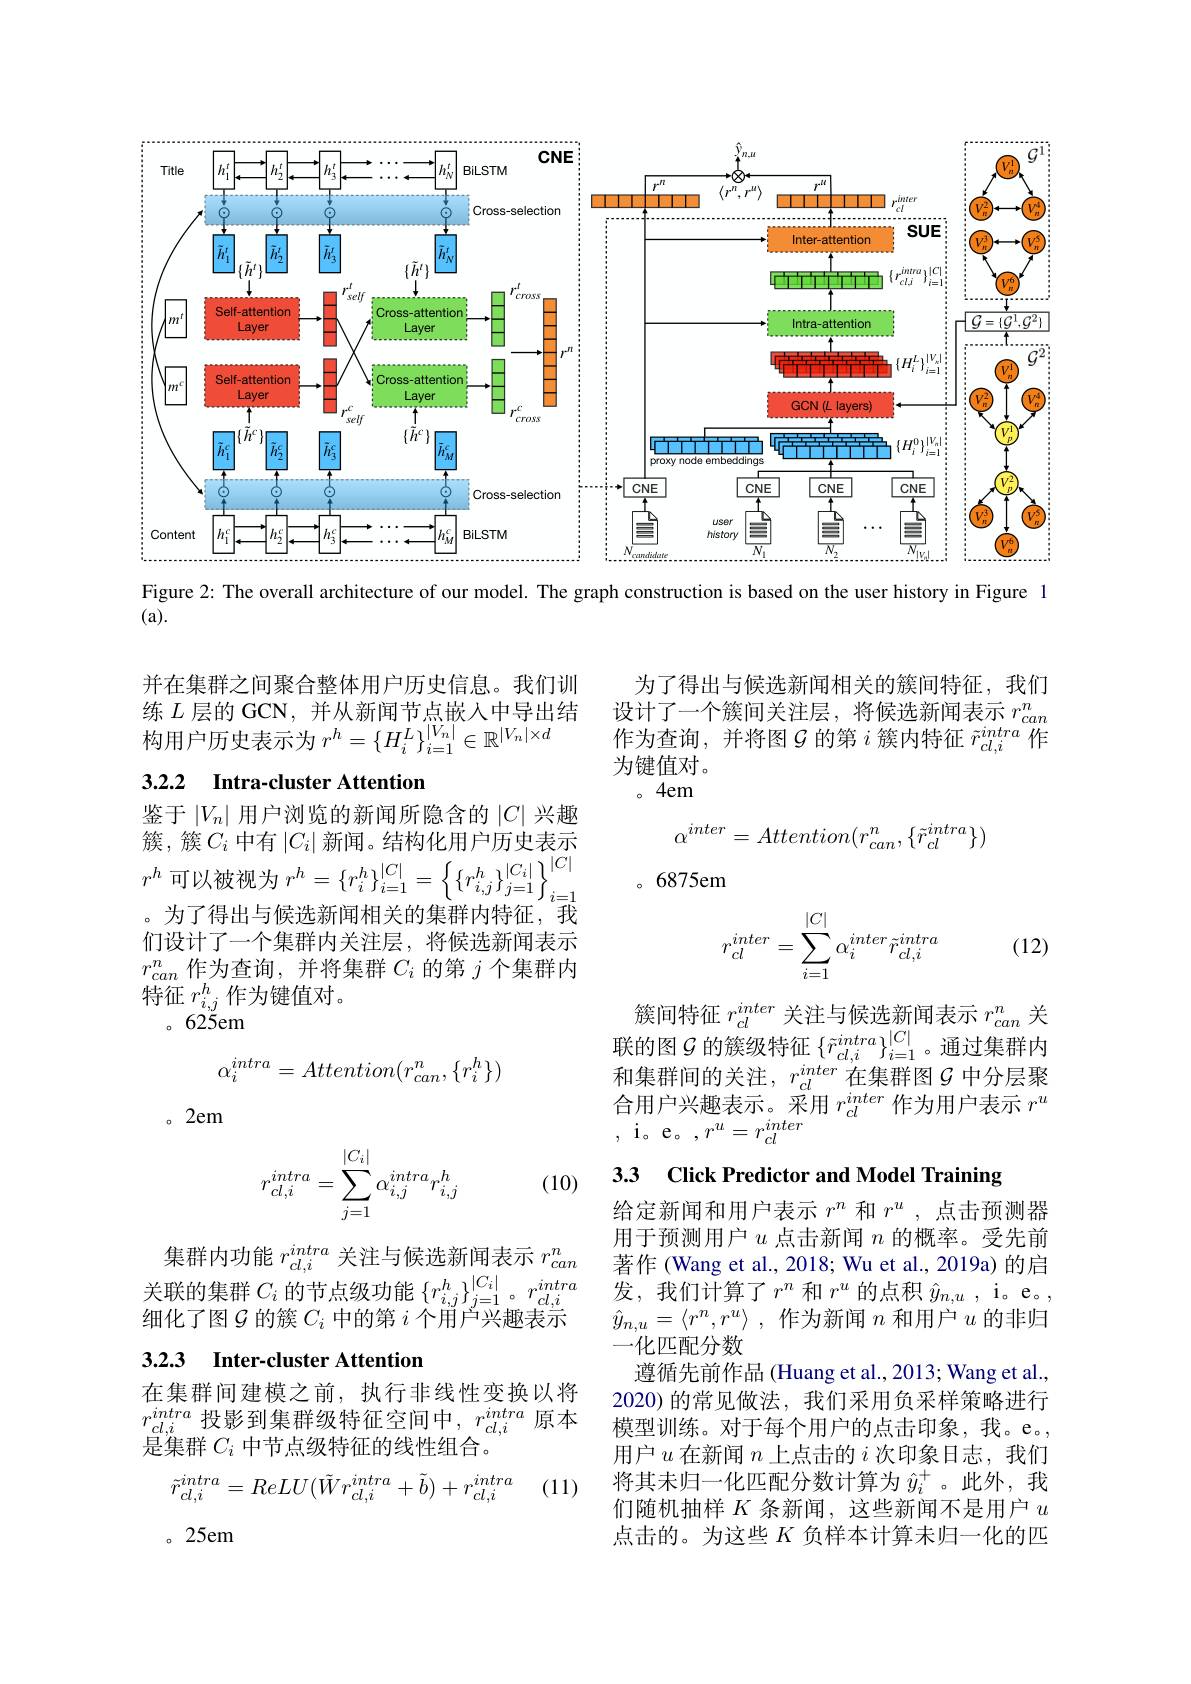
<FigureHere>
Figure 2: The overall architecture of our model. The graph construction is based on the user history in Figure 1

(a).

并在集群之间聚合整体用户历史信息。我们训练$L$层的 GCN,并从新闻节点嵌入中导出结构用户历史表示为$r^h=\{H_i^{L}\}_{i=1}^{|V_n|}\in\mathbb{R}^{|V_n|\times d}$

为了得出与候选新闻相关的簇间特征，我们设计了一个簇间关注层，将候选新闻表示$r_{can}^n$ 作为查询，并将图$\mathcal{G}$的第$i$簇内特征$\tilde{r}_{cl,i}^{intra}$作为键值对。
。4em

## 3.2.2 Intra-cluster Attention
$$\alpha^{inter}=Attention(r_{can}^n,\{\tilde{r}_{cl}^{intra}\})$$
$。6875em$

鉴于$\left|V_n\right|$用户浏览的新闻所隐含的$\left|C\right|$兴趣簇，簇$C_i$中有$|C_i|$新闻。结构化用户历史表示$r^{h}$可以被视为$r^h=\left\{r_i^h\right\}_{i=1}^{|C|}=\left\{\left\{r_{i,j}^h\right\}_{j=1}^{|C_i|}\right\}_{i-1}^{|C|}$
。为了得出与候选新闻相关的集群内特征，我们设计了一个集群内关注层，将候选新闻表示$r_{can}^n$作为查询，并将集群$C_i$的第$j$个集群内特征$r_{i,j}^h$作为键值对。
。625em
$$r_{cl}^{inter}=\sum_{i=1}^{|C|}\alpha_i^{inter}\tilde{r}_{cl,i}^{intra}$$
(12)
$$\alpha_i^{intra}=Attention(r_{can}^n,\{r_i^h\})$$
簇间特征$r_{cl}^{inter}$关注与候选新闻表示$r_can^n$关联的图$\mathcal{G}$ 的簇级特征 $\{\tilde{r}_{cl,i}^{intra}\}_{i=1}^{|C|}$。通过集群内和集群间的关注，$r_d^{inter}$在集群图$\mathcal{G}$ 中分层聚合用户兴趣表示。采用$r_cl^inter$作为用户表示$r^u$ $, \textbf{i。e。}, r^{u}= r_{cl}^{inter}$

。2em

3.3 Click Predictor and Model Training

(10)
$$r_{cl,i}^{intra}=\sum_{j=1}^{|C_i|}\alpha_{i,j}^{intra}r_{i,j}^h$$
集群内功能$r_d,i^{intra}$关注与候选新闻表示$r_can^n$ 关联的集群$C_i$的节点级功能$\{r_i,j^h\}_{j=1}^{|C_i|}。r_{cl,i}^{intro}$ 细化了图$\mathcal{G}$的簇$C_i$中的第$i$个用户兴趣表示

### 3.2.3 Inter-cluster Attention

给定新闻和用户表示$r^n$和$r^u$,点击预测器用于预测用户$u$点击新闻$n$的概率。受先前著作 (Wang et al., 2018; Wu et al., 2019a) 的启发，我们计算了$r^n$和$r^u$的点积$\hat{y}_n,u$ , i。e。, $\hat{y} _{n, u}= \langle r^n, r^u\rangle$ ,作为新闻$n$和用户$u$的非归一化匹配分数
遵循先前作品 (Huang et al., 2013; Wang et al. 2020)的常见做法，我们采用负采样策略进行模型训练。对于每个用户的点击印象，我。e。用户$u$在新闻$n$上点击的$i$次印象日志，我们将其未归一化匹配分数计算为$\hat{y}_i^+$。此外，我们随机抽样$K$条新闻 , 这些新闻不是用户$u$ 点击的。为这些$K$负样本计算未归一化的匹

在集群间建模之前，执行非线性变换以将$r_{cl,i}^{intra}$投影到集群级特征空间中$,r_cl,i^{intra}$原本是集群$C_i$中节点级特征的线性组合。
$$\tilde{r}_{cl,i}^{intra}=ReLU(\tilde{W}r_{cl,i}^{intra}+\tilde{b})+r_{cl,i}^{intra}$$
(11)

。25em